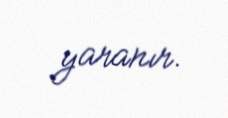
yaranır.